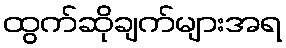
ထွက်ဆိုချက်များအရ